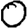
Digit: 0